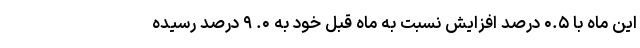
این ماه با ۰.۵ درصد افزایش نسبت به ماه قبل خود به ۰. ۹ درصد رسیده